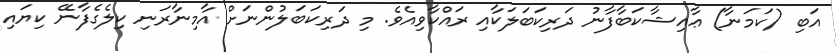
އަބި (ކަމަނާ) ޢާއިޝާކަބާފާނު ދަރިކަބަލަކާއި ރައްކާވިއެވެ. މި ދަރިކަބަލުންނަށް އާމިނާރަނި ކިލެގެފާނޭ ކިޔައި